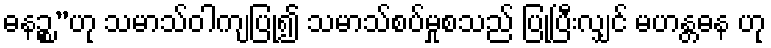
ဓနဉ္စ”ဟု သမာသ်ဝါကျပြု၍ သမာသ်စပ်မှုစသည် ပြုပြီးလျှင် မဟန္တဓန ဟု